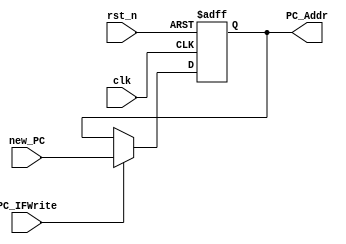
//Program Counter (state element)
module PC(
  input         clk,
  input  [31:0] new_PC,
  input         PC_IFWrite,//1:allow to write, 0:forbit to write
  input         rst_n,
  output [31:0] PC_Addr
  );
	reg [31:0] PC;
	
	always@(posedge clk or negedge rst_n)
	begin
	  if (!rst_n)
	    begin
	      PC = 32'h0000_2ff4;
	    end
	  else
	    if (PC_IFWrite)
	    begin
	      PC = new_PC;
	      //$display("PC = %x", PC);
	    end  
	end
	assign PC_Addr = PC;
endmodule